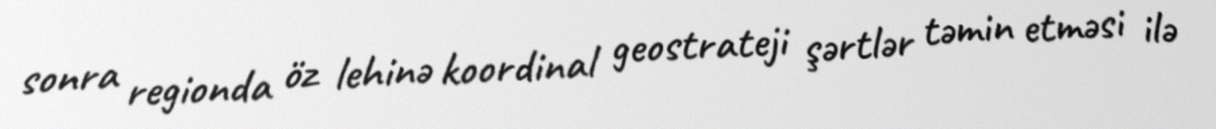
sonra regionda öz lehinə koordinal geostrateji şərtlər təmin etməsi ilə